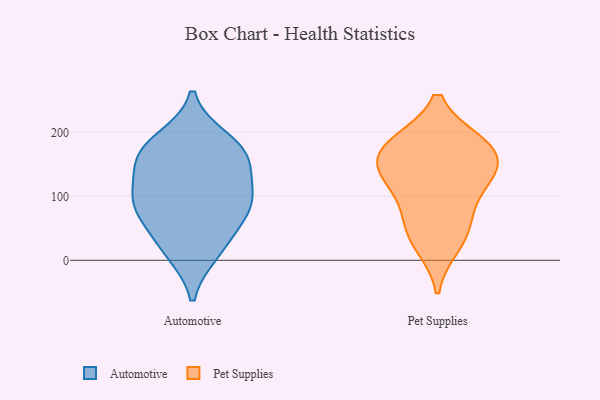
{"axis": {"x": "Bounce Rate (%)", "y": "Value"}, "legend": ["Automotive", "Pet Supplies"], "data": [{"x": "", "y": 21, "type": "Automotive"}, {"x": "", "y": 163, "type": "Automotive"}, {"x": "", "y": 61, "type": "Automotive"}, {"x": "", "y": 107, "type": "Automotive"}, {"x": "", "y": 173, "type": "Automotive"}, {"x": "", "y": 13, "type": "Automotive"}, {"x": "", "y": 84, "type": "Automotive"}, {"x": "", "y": 91, "type": "Automotive"}, {"x": "", "y": 139, "type": "Automotive"}, {"x": "", "y": 188, "type": "Automotive"}, {"x": "", "y": 89, "type": "Automotive"}, {"x": "", "y": 165, "type": "Automotive"}, {"x": "", "y": 71, "type": "Pet Supplies"}, {"x": "", "y": 150, "type": "Pet Supplies"}, {"x": "", "y": 25, "type": "Pet Supplies"}, {"x": "", "y": 181, "type": "Pet Supplies"}, {"x": "", "y": 47, "type": "Pet Supplies"}, {"x": "", "y": 182, "type": "Pet Supplies"}, {"x": "", "y": 119, "type": "Pet Supplies"}, {"x": "", "y": 179, "type": "Pet Supplies"}, {"x": "", "y": 149, "type": "Pet Supplies"}, {"x": "", "y": 123, "type": "Pet Supplies"}]}